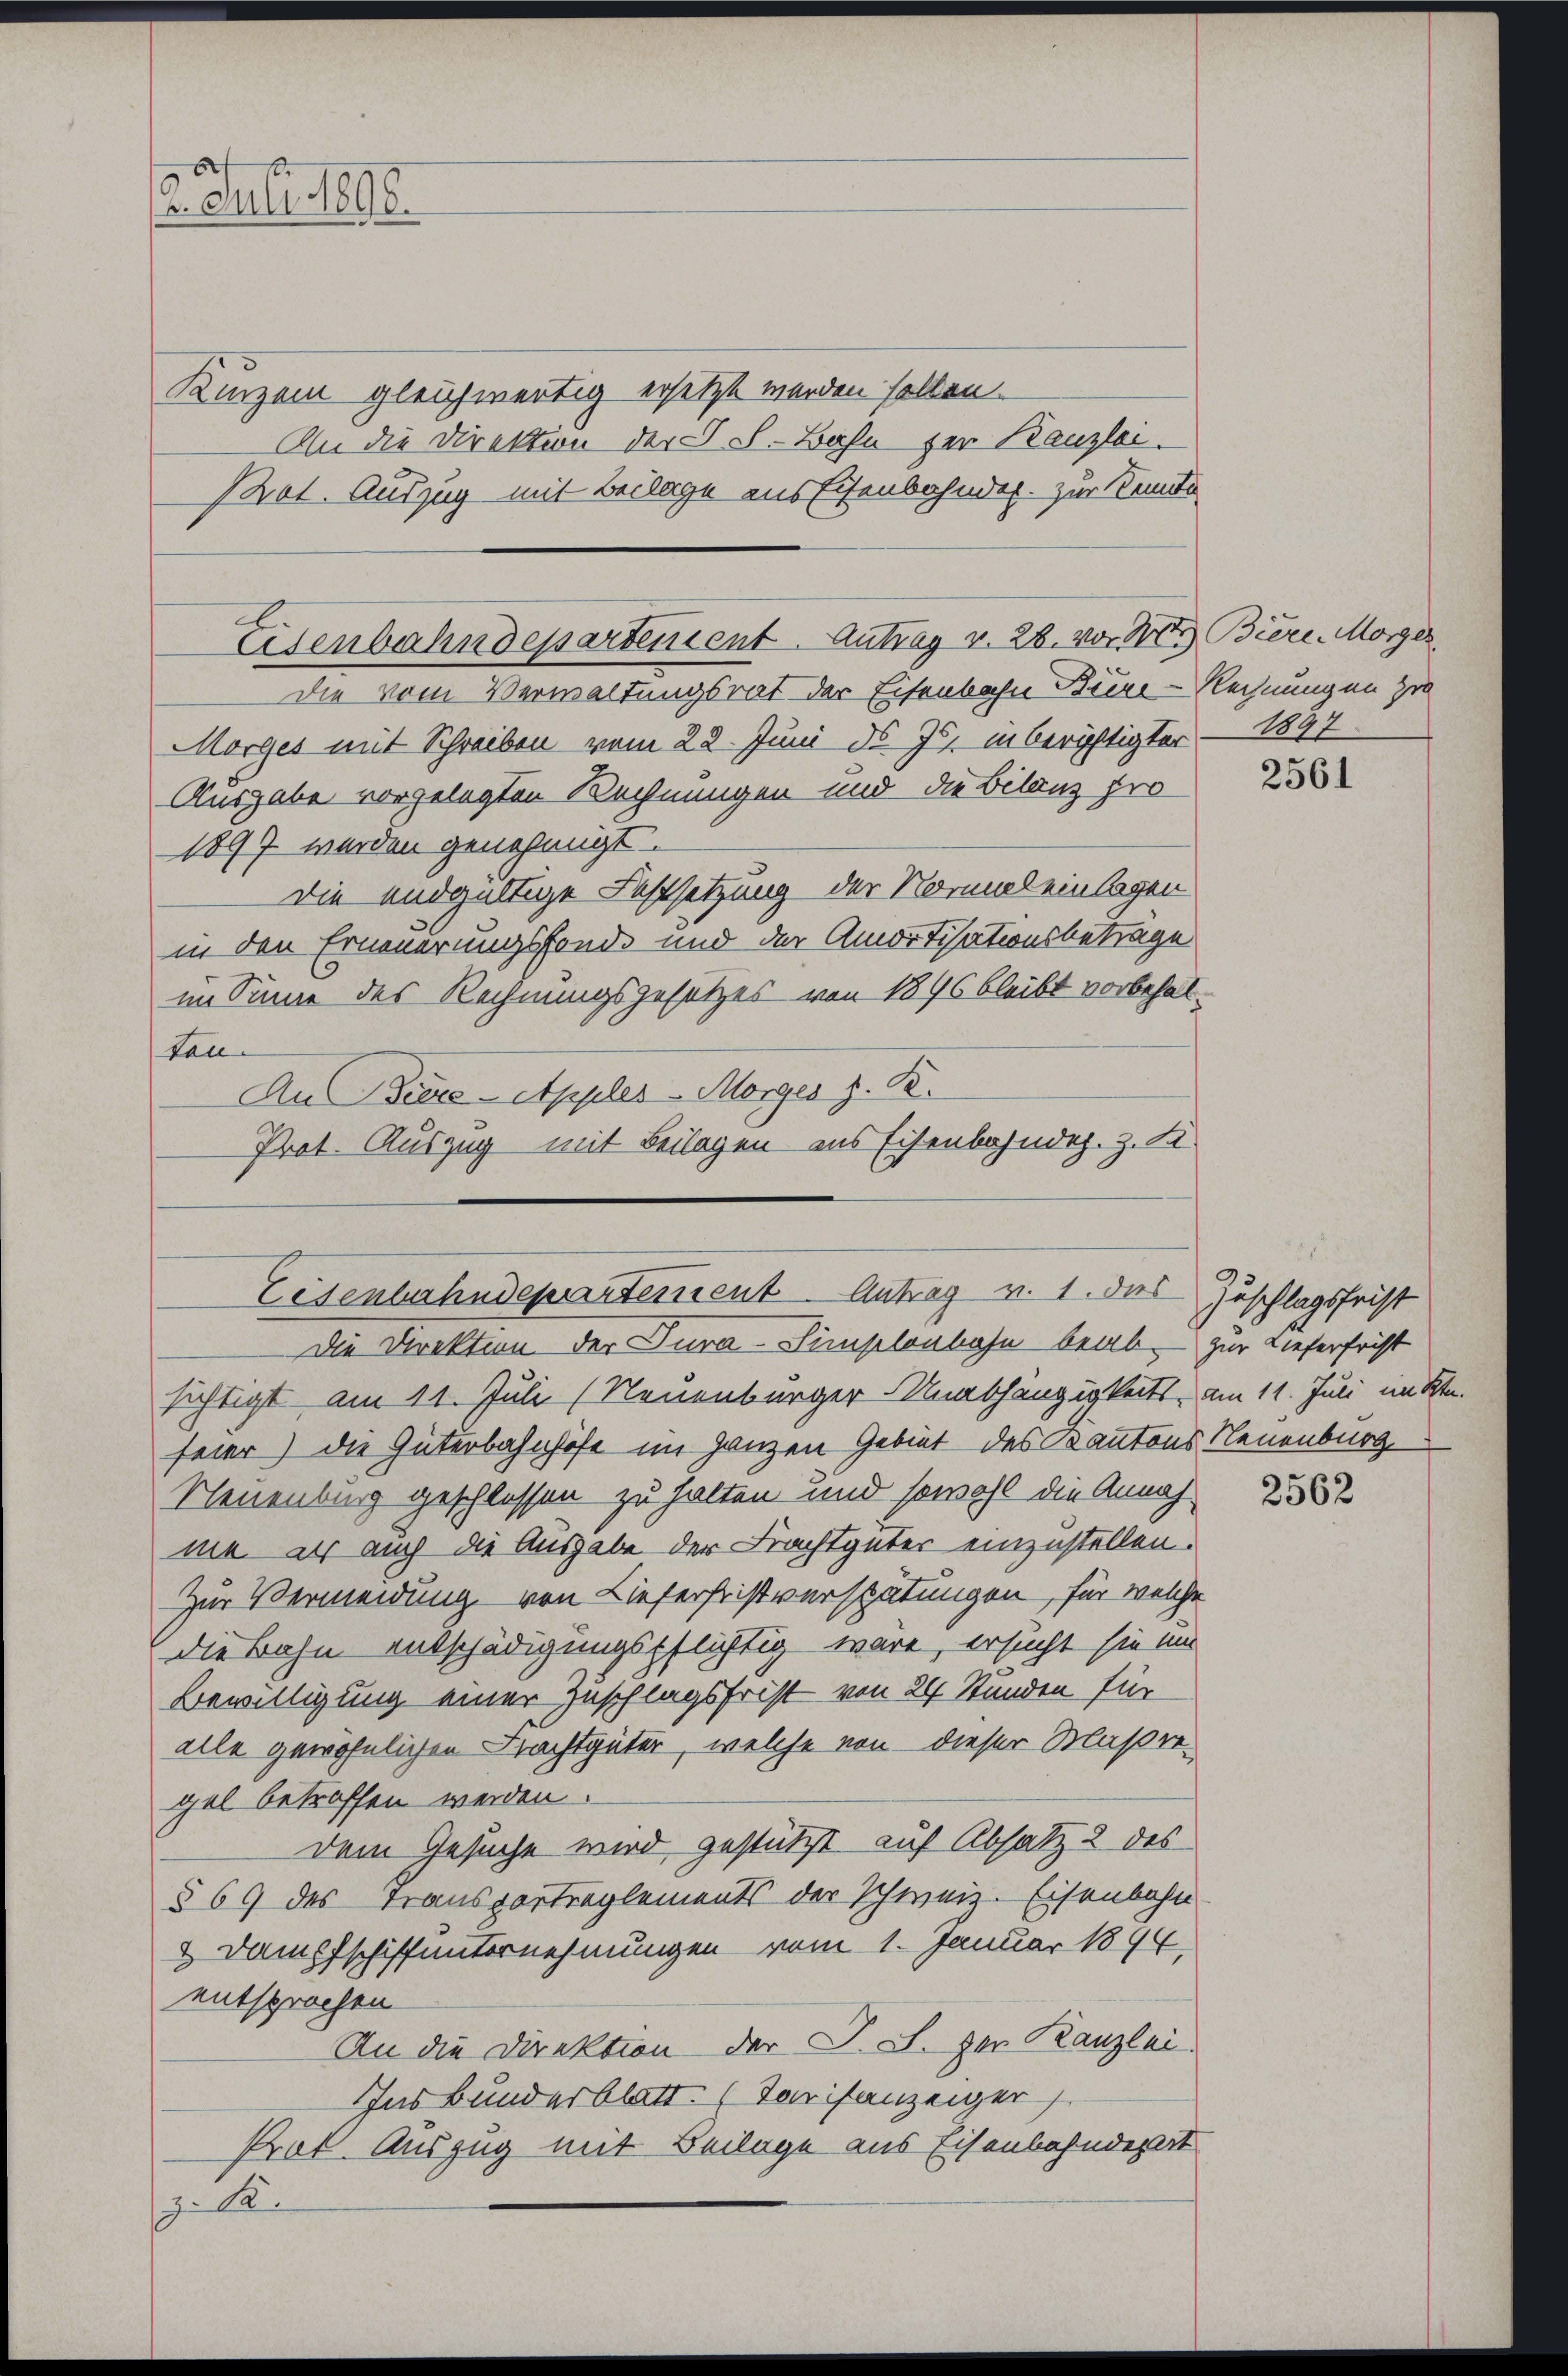
2. Juli 1890.

Kinzem gleichwertig ersetzt werden sollen.
An die Direktion der Sch. Bahn zur Kanzlei.
(Not. Auszug mit Beilage aus Eisenbahnder. zur Tende

Eisenbahndepartement. Antrag v. 28. vor Not Biere. Morges
Die vom Verwaltungsrat der Eisenbahn Büre-Rechnungen zu

Morges mit Schreiben vom 22. Juni d. Js. in berichtigter – 1897
Ausgabe vorgelegten Rechnungen und die Bilanz pro¬
1897 werden genehmigt.
Die endgültige Festsetzung der Normel einlagen
in den Erneuerungsfonde und der Amortisationsbetrage
im Sinne des Rechnungsgesetzes von 1896 bleibt vorbehalton
Aus Diese - Apples-Morger z. B.
Prot. Auszug mit Beilagen aus Eisenbahndez. z. B.

Lesenterhudepartement Antrag v. 1. dies
Die Direktion der Dura-Simplonbahn beab- zur Lieferfrist

sichtigt am 11. Juli (Neuenburger Unabhängigkeits, am 11. Juni im Kt.
feier) die Güterbahnhofe im ganzen Gebiet des Kantons Neuenburg.
Neuenburg geschlossen zu halten und sowohl die Annahma er auch die Ausgabe der Frachtgüter einzustellen.
Zur Vermeidung von Lieferhristverspätungen, für welche
die Bahn entschädigungspflichtig wäre, ersucht sie um
Bewilligung einer Zuschlagsfrist von 24 Stunden für
alle gewöhnlichen Frachtgüter, welche von dieser Maßergel betroffen werden
dem Gesuche wird gestützt auf Absatz 2 des
§ 69 des Transportreglements der Schweiz. Eisenbahn
 Dampfschiffunternehmungen vom 1. Januar 1894.
entsprochen
An die Direktion der D. S. der Kanzlei.
Ins Bundesblatt. (Tarifanzeiger
Prof. Auszug mit Beilage aus Eisenbahndepart
z. R.

2561

Zuschlagsfrist

2562